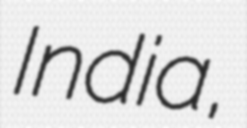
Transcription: India,